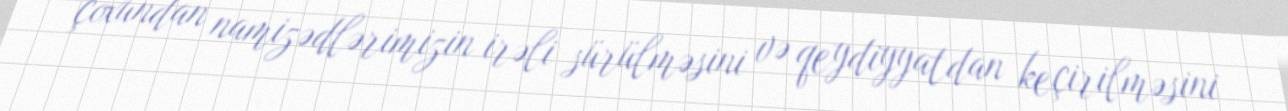
çoxundan namizədlərimizin irəli sürülməsini və qeydiyyatdan keçirilməsini